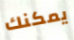
يمكنك